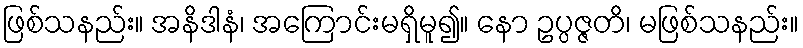
ဖြစ်သနည်း။ အနိဒါနံ၊ အကြောင်းမရှိမူ၍။ နော ဥပ္ပဇ္ဇတိ၊ မဖြစ်သနည်း။